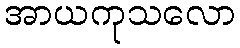
အာယကုသလော